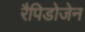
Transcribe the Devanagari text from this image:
रैपिडोजेन